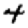
Digit: 4